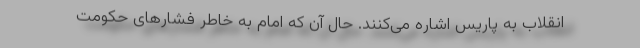
انقلاب به پاریس اشاره می‌کنند. حال آن که امام به خاطر فشارهای حکومت